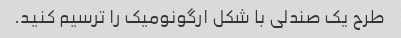
طرح یک صندلی با شکل ارگونومیک را ترسیم کنید.